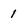
Character: 1